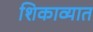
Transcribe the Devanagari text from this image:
शिकाव्यात